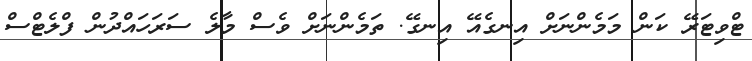
ޓްވިޓަރޭ ކަން މަމެންނަށް އިނގެއޭ އިނގޭ. ތަމެންނަށް ވެސް މާލެ ސަރަހައްދުން ފްލެޓްސް